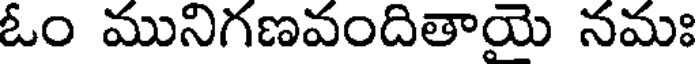
ఓం మునిగణవందితాయె నమః